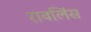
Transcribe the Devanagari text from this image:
रावलिंस